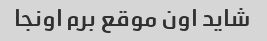
شاید اون موقع برم اونجا